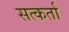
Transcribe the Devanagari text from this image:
सत्कर्ता